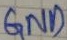
Text: GND